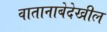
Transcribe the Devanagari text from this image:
वातानाबेदेखील